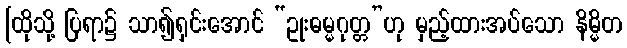
[ထိုသို့ ပြရာ၌ သာ၍ရှင်းအောင် “ဥုးဓမ္မဂုတ္တ”ဟု မှည့်ထားအပ်သော နိမ္မိတ